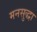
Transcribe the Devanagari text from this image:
मनसुद्धा